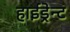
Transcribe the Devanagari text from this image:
हाईड्रेन्ट